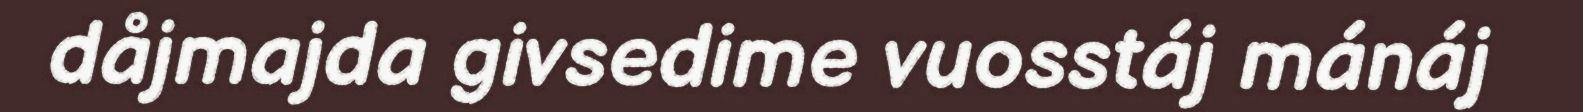
dåjmajda givsedime vuosstáj mánáj